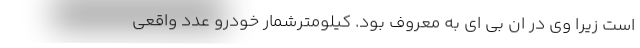
است زیرا وی در ان بی ای به معروف بود. کیلومترشمار خودرو عدد واقعی